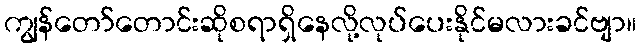
ကျွန်တော်တောင်းဆိုစရာရှိနေလို့လုပ်ပေးနိုင်မလားခင်ဗျာ။